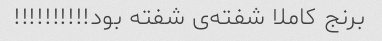
برنج کاملا شفته‌ی شفته بود!!!!!!!!!!